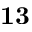
\mathbf { 1 3 }